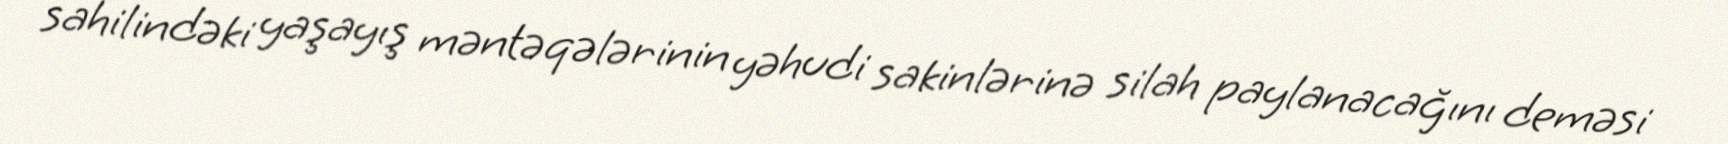
sahilindəki yaşayış məntəqələrinin yəhudi sakinlərinə silah paylanacağını deməsi